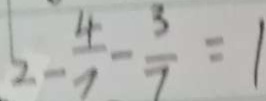
2 - \frac { 4 } { 7 } - \frac { 3 } { 7 } = 1